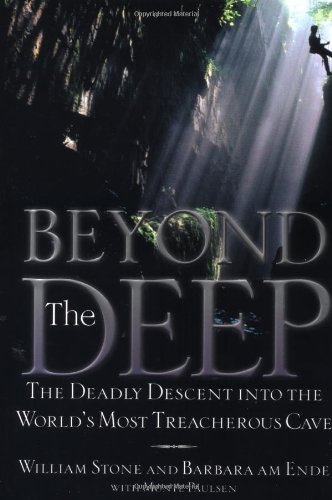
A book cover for Beyond the Deep: The Deadly Descent into the World's Most Treacherous Cave; William Stone; Science & Math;